Report on the lunatic asylums under the Government of Bombay - 1904-1913
Year: 1904
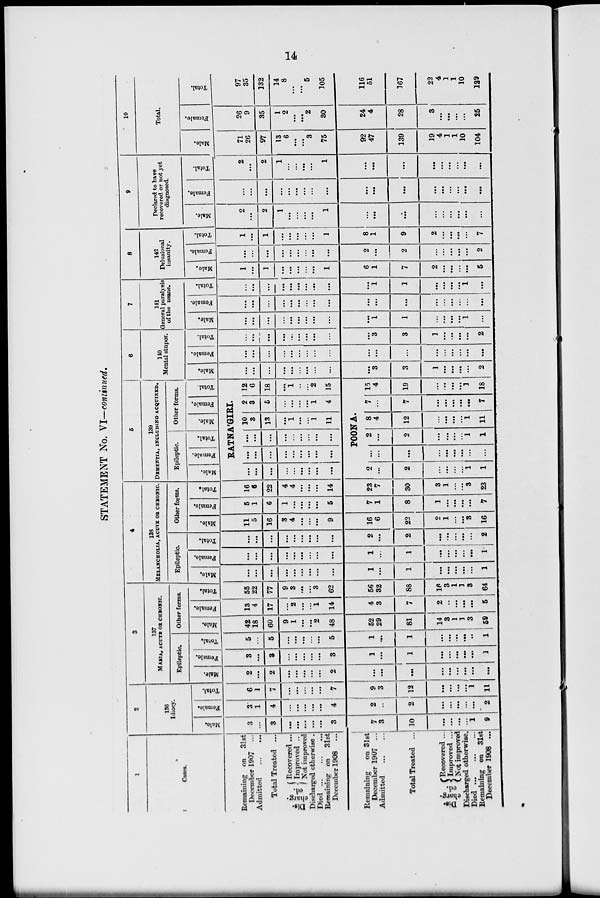
14
STATEMENT No. VI—continued.
1
Cases.
Remaining on 31st
December 1907 ...
Admitted ... ...
Total Treated ...
Dis-
charg-
ed.
Recovered...
Improved ..
Not improved
Discharged otherwise .
Died ... ... ...
Remaining on 31st
December 1908 ...
Remaining
on 31st
December 1907 ...
Admitted ... ...
Total Treated ...
Dis-
charg-
ed.
Recovered ...
Improved ...
Not improved
Discharged otherwise.
Died ... ... ...
Remaining on 31st
December 1908 ...
2
136
Idiocy.
Male.
3
...
3
...
...
...
...
...
3
7
3
10
...
...
...
1 ...
9
Female.
3
1
4
...
...
...
...
...
4
2
...
2
...
...
...
...
...
2
Total.
6
1
7
...
...
...
...
...
7
9
3
12
...
...
...
...
...
11
3
137
MANIA, ACUTE OR CHRONIC.
Epileptic.
Male.
2
...
2
...
...
...
...
...
2
...
...
...
...
...
...
...
...
...
Female.
3
...
3
...
...
...
...
...
3
1
...
1
...
...
...
...
...
1
Total.
5
...
5
...
...
...
...
...
5
1
...
1
...
...
...
...
...
1
Other forms.
Male.
42
18
60
9
1
...
...
2
48
52
29
81
14
3
1
1
3
59
Female.
13
4
17
...
2
...
...
1
14
4
3
7
2
...
...
...
...
5
Total.
55
22
77
9
3
...
...
3
62
56
32
88
16
3
1
1
3
64
4
138
MELANCHOLIA, ACUTE OR CHRONIC.
Epileptic.
Male.
...
...
...
...
...
...
...
...
...
1
...
1
...
...
...
...
...
1
Female.
...
...
...
...
...
...
...
...
...
1
...
1
...
...
...
...
...
1
Total.
...
...
...
...
...
...
...
...
...
2
...
2
...
...
...
...
...
2
Other forms.
Male.
11
5
16
3
4
...
...
...
9
16
6
22
2
1
...
...
3
16
Female.
5
1
6
1
...
...
...
...
5
7
1
8
1
...
...
...
...
7
Total.
16
6
22
4
4
...
...
...
14
23
7
30
3
1
...
...
3
23
5
139
DEMENTIA, INCLUDING ACQUIRED.
Epileptic.
Male.
Female.
Total.
Other forms.
Male.
Female.
Total.
RATNA'GIRI.
...
...
...
...
...
...
...
...
...
...
...
...
...
...
...
...
...
...
...
...
...
...
...
...
...
...
...
10
3
13
...
1
...
... 1
11
2
3
5
...
...
...
...
1
4
12
6
18
...
1
...
...
2
15
POONA.
2
...
2
...
...
...
... 1
1
...
...
...
...
...
...
...
...
...
2
...
2
...
...
...
...
1
1
8
4
12
...
...
...
...
1
11
7
...
7
...
...
...
...
...
7
15
4
19
...
...
...
... 1
18
6
110
Mental stupor.
Male.
...
...
...
...
...
...
...
...
...
...
3
3
1
...
...
...
...
2
Female.
...
...
...
...
...
...
...
...
...
...
...
...
...
...
...
...
...
...
Total.
...
...
...
...
...
...
...
...
...
...
3
3
1
...
...
...
...
2
7
141
General paralysis
of the nsane.
Male.
...
...
...
...
...
...
...
...
...
...
1
1
...
...
...
1 ...
...
Female.
...
...
...
...
...
...
...
...
...
...
...
...
...
...
...
...
...
...
Total.
...
...
...
...
...
...
...
...
...
...
1
1
...
...
...
1 ...
...
8
142
Delusional
insanity.
Male.
1
...
1
...
...
...
...
...
1
6
1
7
2
...
...
...
...
5
Female.
...
...
...
...
...
...
...
...
...
2
...
2
...
...
...
...
...
2
Total.
1
...
1
...
...
...
...
...
1
8
1
9
2
...
...
...
...
7
9
Declared to have
recovered or not yet
diagnosed.
Male.
2
...
2
1
...
...
...
...
1
...
...
...
...
...
...
...
...
...
Female.
...
...
...
...
...
...
...
...
...
...
...
...
...
...
...
...
...
...
Total.
2
...
2
1
...
...
...
...
1
...
...
...
...
...
...
...
...
...
10
Total.
Male.
71
26
97
13
6
...
... 3
75
92
47
139
19
4
1
1
10
104
Female.
26
9
35
1
2
...
... 2
30
24
4
28
3
...
...
...
...
25
Total.
97
35
132
14
8
...
... 5
105
116
51
167
22
4
1
1
10
129